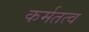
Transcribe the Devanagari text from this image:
कर्मतत्व